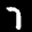
Label: 7